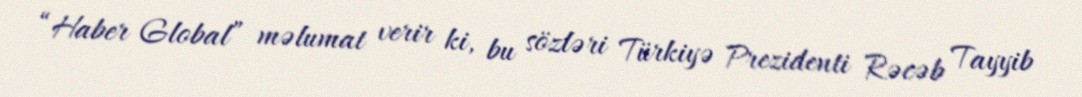
“Haber Global” məlumat verir ki, bu sözləri Türkiyə Prezidenti Rəcəb Tayyib